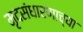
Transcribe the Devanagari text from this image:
मृदसंधारणाच्या